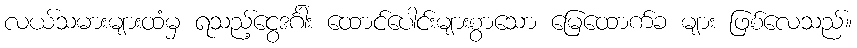
လယ်သမားများထံမှ ရသည့်ငွေဒင်္ဂါး ထောင်ပေါင်းများစွာသော မြေထောက်ခ များ ဖြစ်လေသည်။